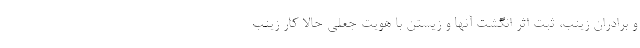
و برادران زينب، ثبت اثر انگشت آنها و زيستن با هويت جعلي حالا كار زينب